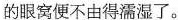
的眼窝便不由得濡湿了。